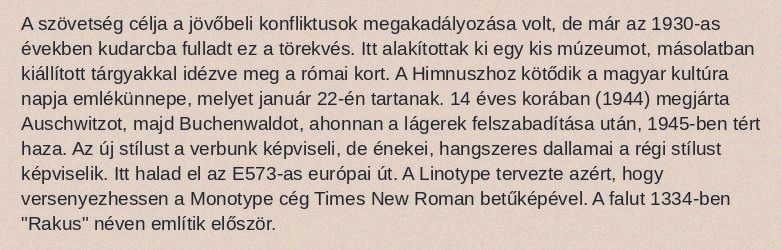
A szövetség célja a jövőbeli konfliktusok megakadályozása volt, de már az 1930-as években kudarcba fulladt ez a törekvés. Itt alakítottak ki egy kis múzeumot, másolatban kiállított tárgyakkal idézve meg a római kort. A Himnuszhoz kötődik a magyar kultúra napja emlékünnepe, melyet január 22-én tartanak. 14 éves korában (1944) megjárta Auschwitzot, majd Buchenwaldot, ahonnan a lágerek felszabadítása után, 1945-ben tért haza. Az új stílust a verbunk képviseli, de énekei, hangszeres dallamai a régi stílust képviselik. Itt halad el az E573-as európai út. A Linotype tervezte azért, hogy versenyezhessen a Monotype cég Times New Roman betűképével. A falut 1334-ben "Rakus" néven említik először.